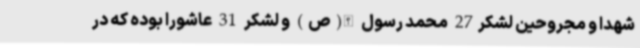
شهدا و مجروحین لشکر27 محمد رسول الله(ص) و لشکر 31 عاشورا بوده که در